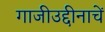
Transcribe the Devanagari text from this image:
गाजीउद्दीनाचें